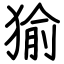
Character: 㺄